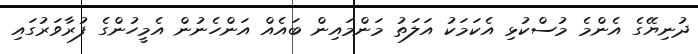
ދުނިޔޭގެ އެންމެ މުސްކުޅި އެކަމަކު އަލަތު މަންމައިން ބައެއް އަންހެނުން އެމީހުންގެ ފުރާވަރުގައި